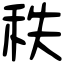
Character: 秩